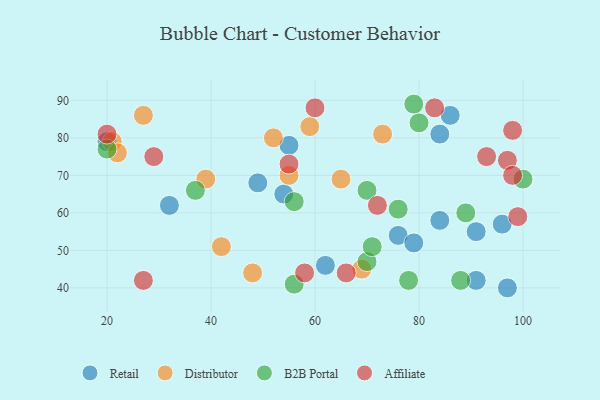
{"axis": {"x": "GDP", "y": "Life Expectancy"}, "legend": ["Affiliate", "B2B Portal", "Distributor", "Retail"], "data": [{"x": "84", "y": 58, "type": "Retail"}, {"x": "76", "y": 54, "type": "Retail"}, {"x": "54", "y": 65, "type": "Retail"}, {"x": "62", "y": 46, "type": "Retail"}, {"x": "79", "y": 52, "type": "Retail"}, {"x": "97", "y": 40, "type": "Retail"}, {"x": "96", "y": 57, "type": "Retail"}, {"x": "32", "y": 62, "type": "Retail"}, {"x": "55", "y": 78, "type": "Retail"}, {"x": "20", "y": 79, "type": "Retail"}, {"x": "49", "y": 68, "type": "Retail"}, {"x": "91", "y": 42, "type": "Retail"}, {"x": "86", "y": 86, "type": "Retail"}, {"x": "91", "y": 55, "type": "Retail"}, {"x": "84", "y": 81, "type": "Retail"}, {"x": "39", "y": 69, "type": "Distributor"}, {"x": "27", "y": 86, "type": "Distributor"}, {"x": "65", "y": 69, "type": "Distributor"}, {"x": "59", "y": 83, "type": "Distributor"}, {"x": "52", "y": 80, "type": "Distributor"}, {"x": "55", "y": 70, "type": "Distributor"}, {"x": "48", "y": 44, "type": "Distributor"}, {"x": "42", "y": 51, "type": "Distributor"}, {"x": "73", "y": 81, "type": "Distributor"}, {"x": "69", "y": 45, "type": "Distributor"}, {"x": "21", "y": 79, "type": "Distributor"}, {"x": "22", "y": 76, "type": "Distributor"}, {"x": "70", "y": 47, "type": "B2B Portal"}, {"x": "89", "y": 60, "type": "B2B Portal"}, {"x": "78", "y": 42, "type": "B2B Portal"}, {"x": "56", "y": 41, "type": "B2B Portal"}, {"x": "56", "y": 63, "type": "B2B Portal"}, {"x": "76", "y": 61, "type": "B2B Portal"}, {"x": "88", "y": 42, "type": "B2B Portal"}, {"x": "20", "y": 77, "type": "B2B Portal"}, {"x": "80", "y": 84, "type": "B2B Portal"}, {"x": "70", "y": 66, "type": "B2B Portal"}, {"x": "37", "y": 66, "type": "B2B Portal"}, {"x": "79", "y": 89, "type": "B2B Portal"}, {"x": "71", "y": 51, "type": "B2B Portal"}, {"x": "100", "y": 69, "type": "B2B Portal"}, {"x": "60", "y": 88, "type": "Affiliate"}, {"x": "93", "y": 75, "type": "Affiliate"}, {"x": "20", "y": 81, "type": "Affiliate"}, {"x": "29", "y": 75, "type": "Affiliate"}, {"x": "72", "y": 62, "type": "Affiliate"}, {"x": "55", "y": 73, "type": "Affiliate"}, {"x": "27", "y": 42, "type": "Affiliate"}, {"x": "97", "y": 74, "type": "Affiliate"}, {"x": "98", "y": 82, "type": "Affiliate"}, {"x": "99", "y": 59, "type": "Affiliate"}, {"x": "83", "y": 88, "type": "Affiliate"}, {"x": "66", "y": 44, "type": "Affiliate"}, {"x": "98", "y": 70, "type": "Affiliate"}, {"x": "58", "y": 44, "type": "Affiliate"}]}